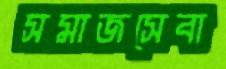
সমাজসেবা